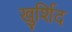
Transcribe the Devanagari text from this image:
खुर्शिद